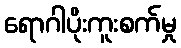
ရောဂါပိုးကူးစက်မှု